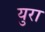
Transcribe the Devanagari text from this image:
युरा